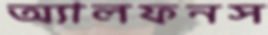
অ্যালফনস